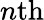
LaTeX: n\mathrm{th}